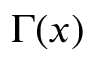
\Gamma ( x )